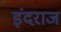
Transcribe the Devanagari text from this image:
इंदराज